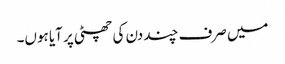
میں صرف چند دن کی چھٹی پر آیا ہوں۔